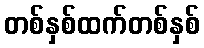
တစ်နှစ်ထက်တစ်နှစ်